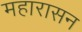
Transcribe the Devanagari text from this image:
महारासन